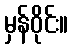
မှန်ဝိုင်း။